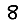
Digit: 8